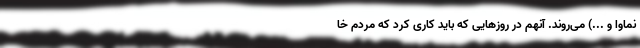
نماوا و ...) می‌روند. آنهم در روزهایی که باید کاری کرد که مردم خا